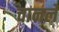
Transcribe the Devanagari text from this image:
चानले